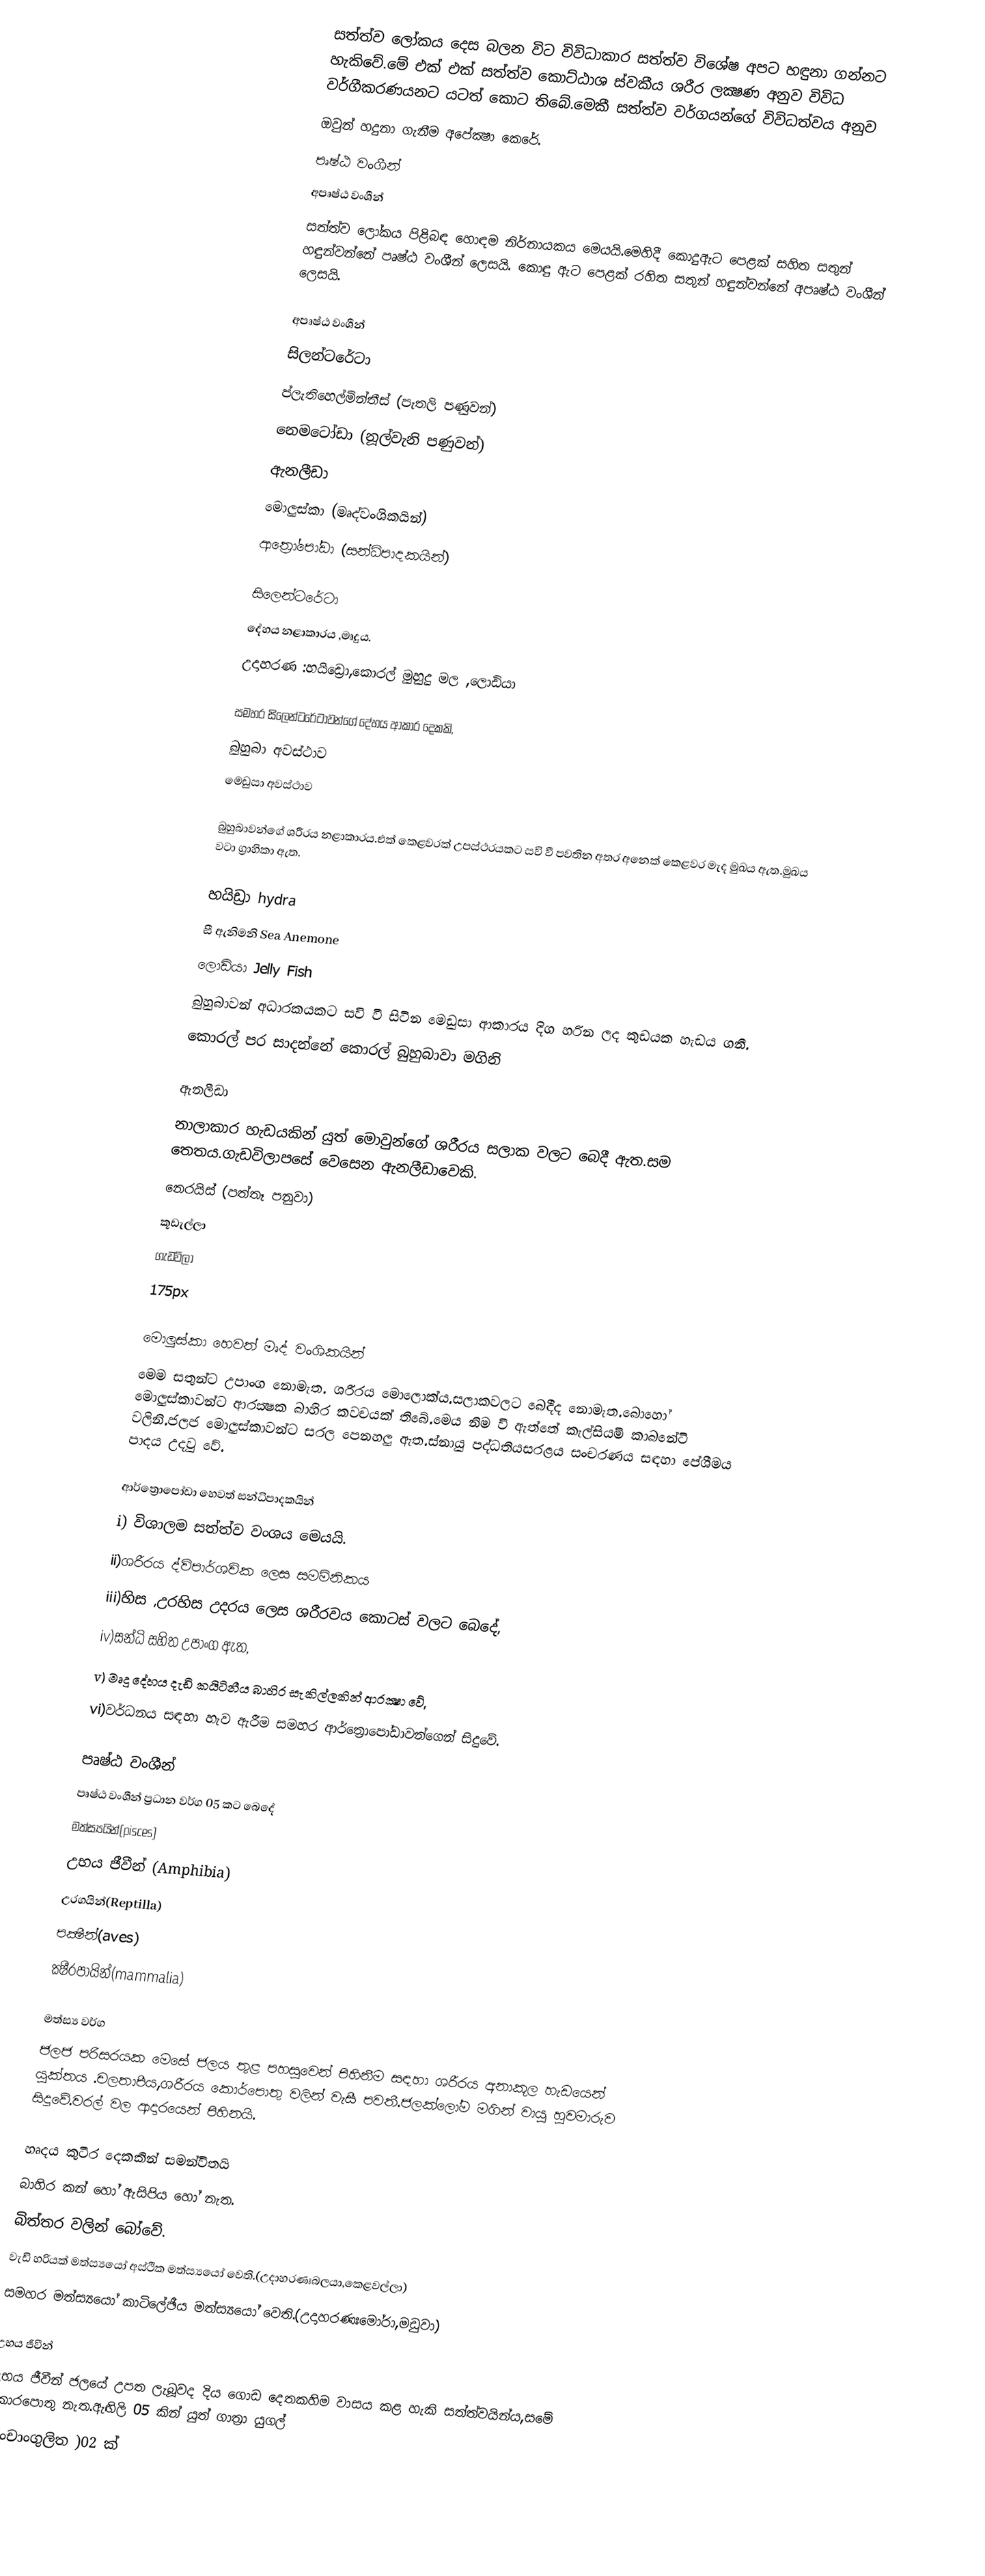
සත්ත්ව ලෝකය දෙස බලන විට විවිධාකාර සත්ත්ව විශේෂ අපට හඳුනා ගන්නට හැකිවේ.මේ එක් එක් සත්ත්ව කොට්ඨාශ ස්වකීය ශරීර ලක්‍ෂණ අනුව විවිධ වර්ගීකරණයනට යටත් කොට තිබේ.මෙකී සත්ත්ව වර්ගයන්ගේ විවිධත්වය අනුව
ඔවුන් හදුනා ගැනීම අපේක්‍ෂා කෙරේ.
 පෘෂ්ඨ වංශීන්
 අපෘෂ්ඨ වංශීන්
සත්ත්ව ලෝකය පිළිබඳ හොඳම නිර්නායකය මෙයයි.මෙහිදී කොදුඇ‍ට පෙළක් සහිත සතුන් හඳුන්වන්නේ පෘෂ්ඨ වංශීන් ලෙසයි. කොඳු ඇට පෙළක් රහිත සතුන් හඳුන්වන්නේ අපෘෂ්ඨ වංශීන් ලෙසයි.

අපෘෂ්ඨ වංශීන්
 සිලන්ටරේටා
 ප්ලැතිහෙල්මින්තීස් (පැතලි පණුවන්)
 නෙමටෝඩා (නූල්වැනි පණුවන්)
 ඇනලීඩා
 මොලුස්කා (මෘද්වංශිකයින්)
 ආත්‍රෝපෝඩා  (සන්ධිපාදකයින්)

සිලෙන්ටරේටා
දේහය නළාකාරය ,මෘදුය.
උදාහරණ :හයිඩ්‍රො,කොරල් මුහුදු මල ,ලොඩියා

සමහර සිලෙන්ටරේටාවන්ගේ දේහය ආකාර දෙකකි,
 බුහුබා අවස්ථාව
 මෙඩුසා අවස්ථාව

බුහුබාවන්ගේ  ශරීරය නළාකාරය.එක් කෙළවරක් උපස්ථරයකට සවි වී පවතින අතර අනෙක් කෙළවර මැද මුඛය ඇත.මුඛය වටා ග්‍රාහිකා ඇත.

හයිඩ්‍රා hydra
සී ඇනිමනි Sea Anemone
ලොඩියා Jelly Fish
බුහුබාවන් අධාරකයකට සවි වී සිටින මෙඩුසා ආකාරය දිග හරින ලද කුඩයක හැඩය ගනී.
කොරල් පර සාදන්නේ කොරල් බුහුබාවා මගිනි

ඇනලීඩා
නාලාකාර හැඩයකින් යුත් මොවුන්ගේ ශරීරය සලාක වලට බෙදී ඇත.සම තෙතය.ගැඩවිලාපසේ වෙසෙන ඇනලීඩාවෙකි.
නෙරයිස් (පත්තෑ පනුවා)
කූඩැල්ලා
ගැඩවිලා
175px

මොලුස්කා හෙවත් මෘද් වංශිකයින්
මෙම සතුන්ට උපාංග නොමැත. ශරීරය මොලොක්ය.සලාකවලට බෙදීද නොමැත.බොහෝ මොලුස්කාවන්ට ආරක්‍ෂක බාහිර කවචයක් තිබේ.මෙය නිම වී ඇත්තේ කැල්සියමි කාබනේටි වලිනි.ජලජ මොලුස්කාවන්ට සරල පෙනහලු ඇත.ස්නායු පද්ධතියසරළය සංචරණය සඳහා පේශීමය පාදය උදවු වේ.

ආර්ත්‍රොපෝඩා හෙවත් සන්ධිපාදකයින්
i) විශාලම සත්ත්ව වංශය මෙයයි.
ii)ශරීරය ද්විපාර්ශවික ලෙස සමමිනිකය
iii)හිස ,උරහිස උදරය ලෙස ශරීරවය කොටස් වලට බෙදේ,
iv)සන්ධි සහිත උපාංග ඇත,
v) මෘදු දේහය දැඩි කයිටිනීය බාහිර සැකිල්ලකින් ආරක්‍ෂා වේ,
vi)වර්ධනය සඳහා හැව ඇරීම සමහර ආර්ත්‍රොපෝඩාවන්ගෙන් සිදුවේ.

පෘෂ්ඨ වංශීන්
පෘෂ්ඨ වංශීන් ප්‍රධාන වර්ග 05 කට බෙදේ
මත්ස්‍යයින්(pisces)
උභය ජීවීන් (Amphibia)
උරගයින්(Reptilla)
පක්‍ෂීන්(aves)
ක්‍ෂීරපායින්(mammalia)

මත්ස්‍ය වර්ග
ජලජ පරිසරයක මෙසේ ජලය තුළ පහසුවෙන් පිහිනීම සඳහා ශරීරය අනාකූල හැඩයෙන් යුක්තය .චලතාපීය,ශරීරය කොර්පොතු වලින් වැසී පවතී.ජලක්ලෝම මගින් වායු හුවමාරුව සිදූවේ.වරල් වල ආදාරයෙන් පිහිනයි.

හෘදය කුටීර දෙකකින් සමන්විතයි
බාහිර කන් හෝ ඇසිපිය හෝ නැත.
බිත්තර වලින් බෝවේ.
වැඩි හරියක් මත්ස්‍යයෝ අස්ථික මත්ස්‍යයෝ වෙති.(උදාහරණඃබලයා,කෙළවල්ලා)
සමහර මත්ස්‍යයෝ කාටිලේඡීය මත්ස්‍යයෝ වෙති.(උදාහරණඃමෝරා,මඩුවා)

උභය ජීවීන්
උභය ජීවීන් ජලයේ උපත ලැබූවද දිය ගොඩ දෙතකහිම වාසය කළ හැකි සත්ත්වයින්ය,සමේ කොරපොතු නැත.ඇඟිලි 05 කින් යුත් ගාත්‍රා යුගල්
(පංචාංගුලිත )02 ක්